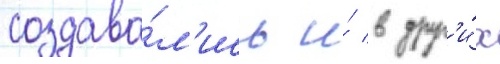
создава́л'ись и́ в друг'и́х